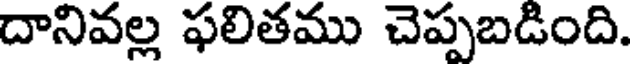
దానివల్ల ఫలితము చెప్పబడింది.